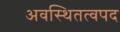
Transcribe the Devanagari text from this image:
अवस्थितत्वपद